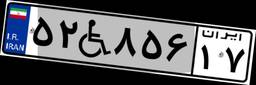
۲۳W۰۶۴۹۹